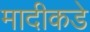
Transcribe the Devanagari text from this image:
मादीकडे